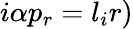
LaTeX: i\alpha p_{r}=l_{i}r)